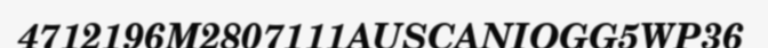
4712196M2807111AUSCANIOGG5WP36